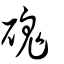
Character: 磈